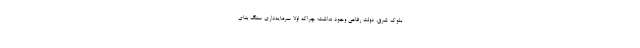
بلوک شرق، دولت رفاهی وجود نداشت؛ چراکه اولا سرمایه‌داری سنگ بنای